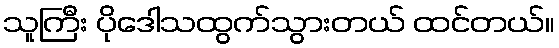
သူကြီး ပိုဒေါသထွက်သွားတယ် ထင်တယ်။